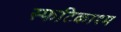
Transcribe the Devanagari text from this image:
स्फटिकाश्म